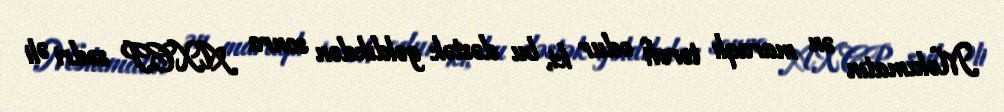
Məlumatın ən maraqlı tərəfi odur ki, bu dəstək gəldikdən sonra AXCP sədri Əli